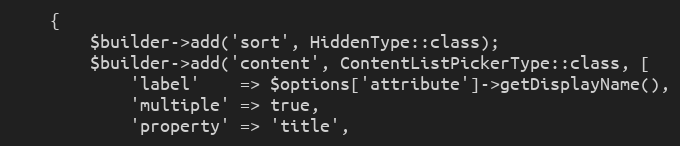
Language: PHP
    {
        $builder->add('sort', HiddenType::class);
        $builder->add('content', ContentListPickerType::class, [
            'label'    => $options['attribute']->getDisplayName(),
            'multiple' => true,
            'property' => 'title',